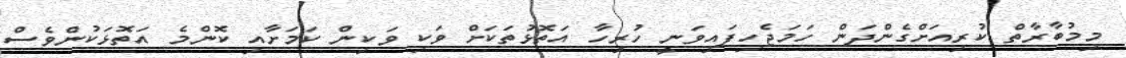
މިމުބާރާތް ކުރިއަށްގެންދަން ހަމަޖެހިފައިވަނީ ހުރިހާ އަތޮޅުތަކަށް ވަކި ވަކިން ކަމަށާއި ކޮންމެ އަތޮޅަކުންވެސް